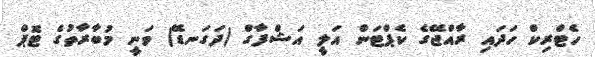
ހެޓްރިކް ހަދައި ރާއްޖޭގެ ކެޕްޓަން އަލީ އަޝްފާގް (ދަގަނޑޭ) ވަނީ މުބާރާތުގެ ޓޮޕް